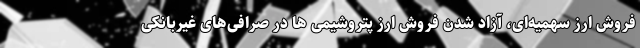
فروش ارز سهمیه‌ای، آزاد شدن فروش ارز پتروشیمی ها در صرافی‌های غیربانکی